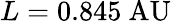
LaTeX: L=0.845~\mathrm{AU}